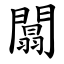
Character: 闒